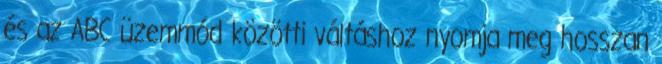
és az ABC üzemmód közötti váltáshoz nyomja meg hosszan